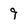
Character: 9